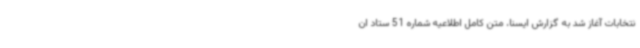
نتخابات آغاز شد به گزارش ایسنا، متن کامل اطلاعیه شماره 51 ستاد ان